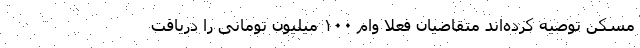
مسکن توصیه کرده‌اند متقاضیان فعلا وام ۱۰۰ میلیون تومانی را دریافت